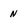
Character: N